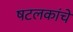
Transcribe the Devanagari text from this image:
षटलकांचे